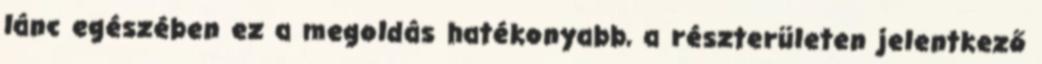
lánc egészében ez a megoldás hatékonyabb, a részterületen jelentkező